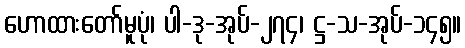
ဟောထားတော်မူပုံ၊ ပါ-ဒု-အုပ်-၂၇၄၊ ဋ္ဌ-သ-အုပ်-၁၄၅။